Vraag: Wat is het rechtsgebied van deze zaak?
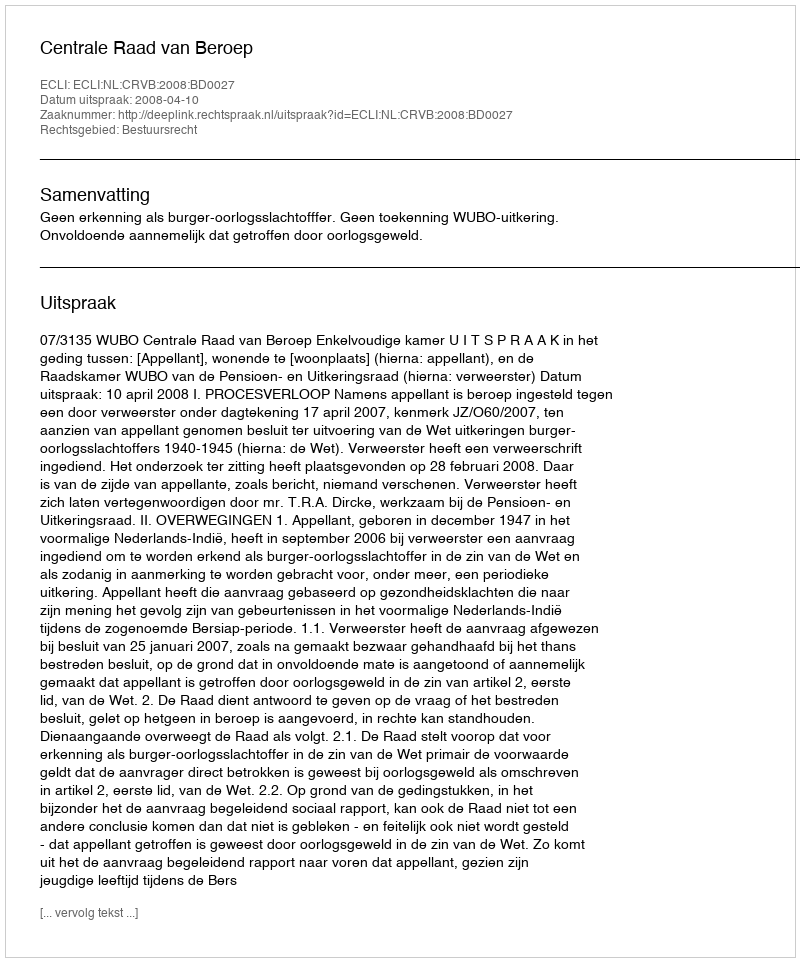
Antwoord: Bestuursrecht